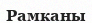
Рамканы